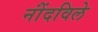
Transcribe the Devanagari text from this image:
नोंंदविले